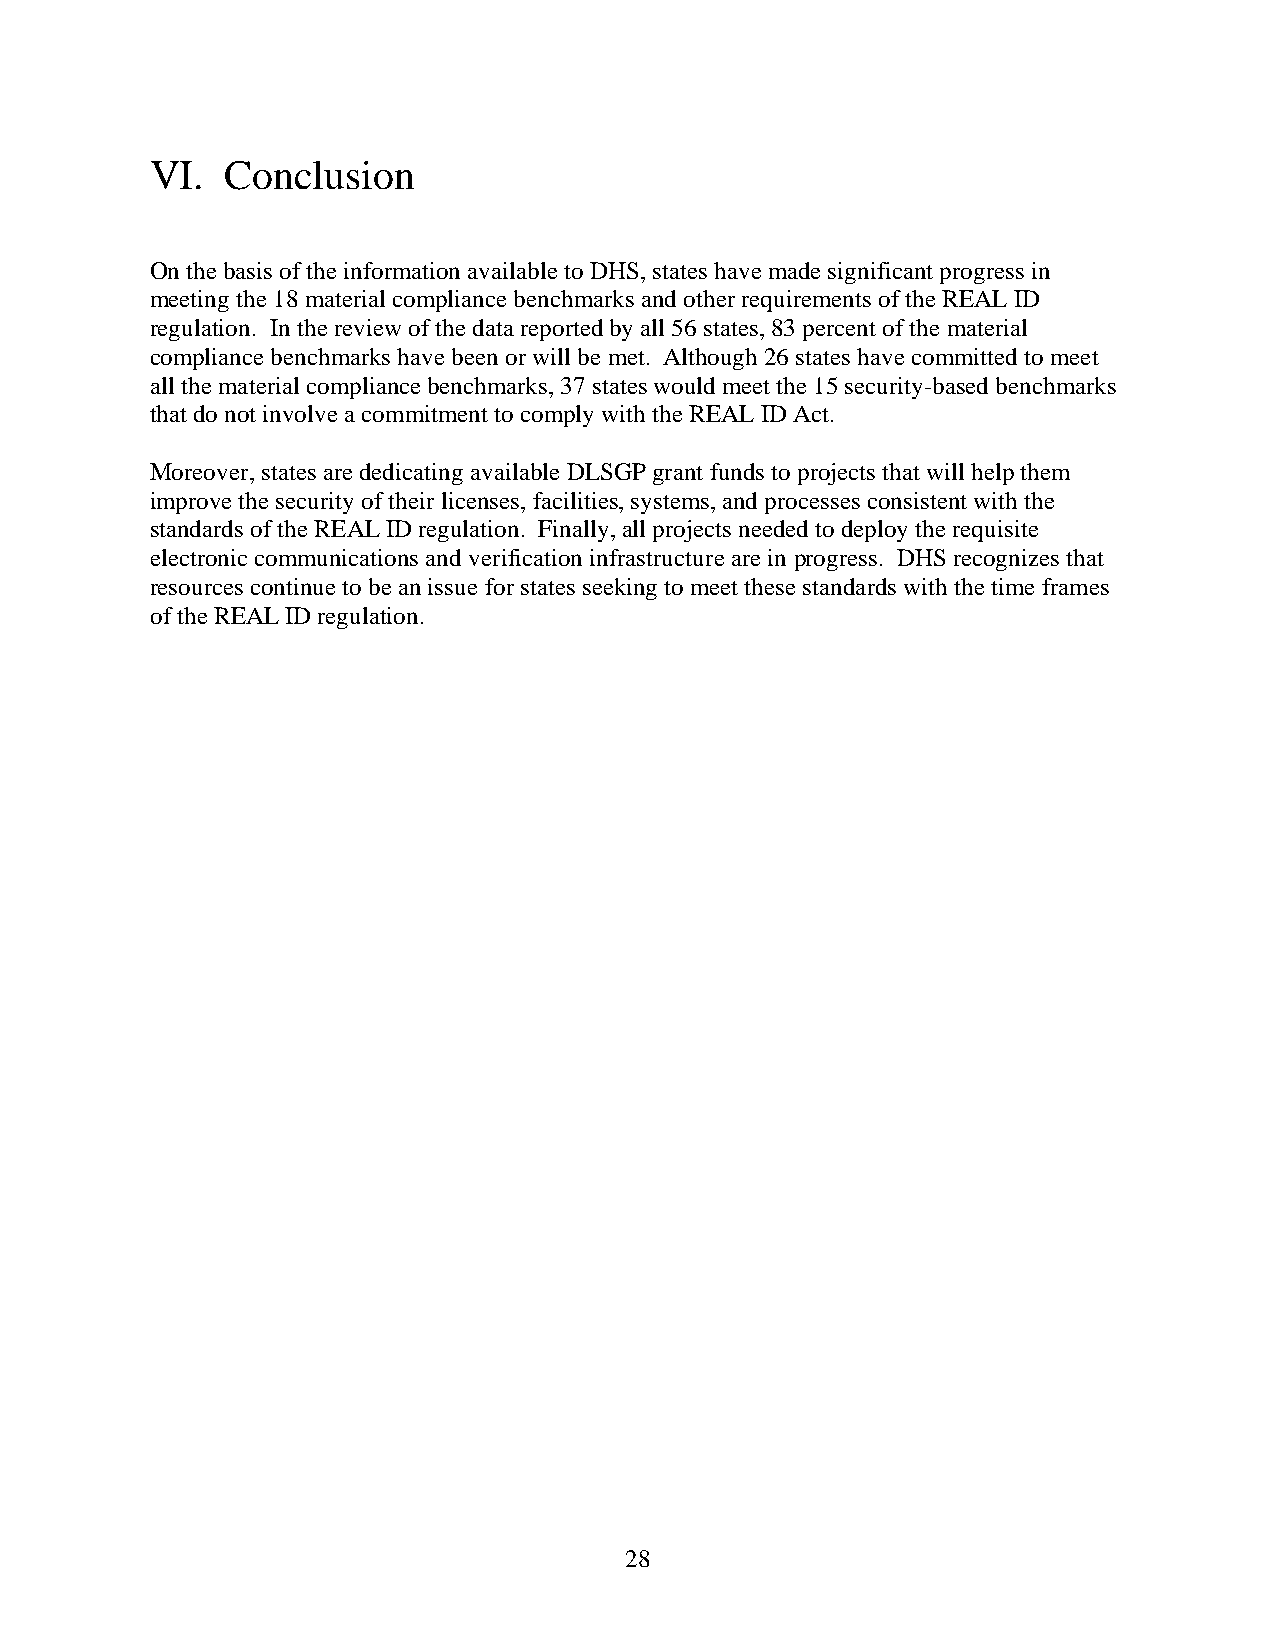
VI.  Conclusion
 On the basis of the information available to DHS, states have made significant progress in
 meeting the 18 material compliance benchmarks and other requirements of the REAL ID
 regulation. In the review of the data reported by all 56 states, 83 percent of the material
 compliance benchmarks have been or will be met. Although 26 states have committed to meet
 all the material compliance benchmarks, 37 states would meet the 15 security-based benchmarks
 that do not involve a commitment to comply with the REAL ID Act.
 Moreover, states are dedicating available DLSGP grant funds to projects that will help them
 improve the security of their licenses, facilities, systems, and processes consistent with the
 standards of the REAL ID regulation. Finally, all projects needed to deploy the requisite
 electronic communications and verification infrastructure are in progress. DHS recognizes that
 resources continue to be an issue for states seeking to meet these standards with the time frames
 of the REAL ID regulation.
 28